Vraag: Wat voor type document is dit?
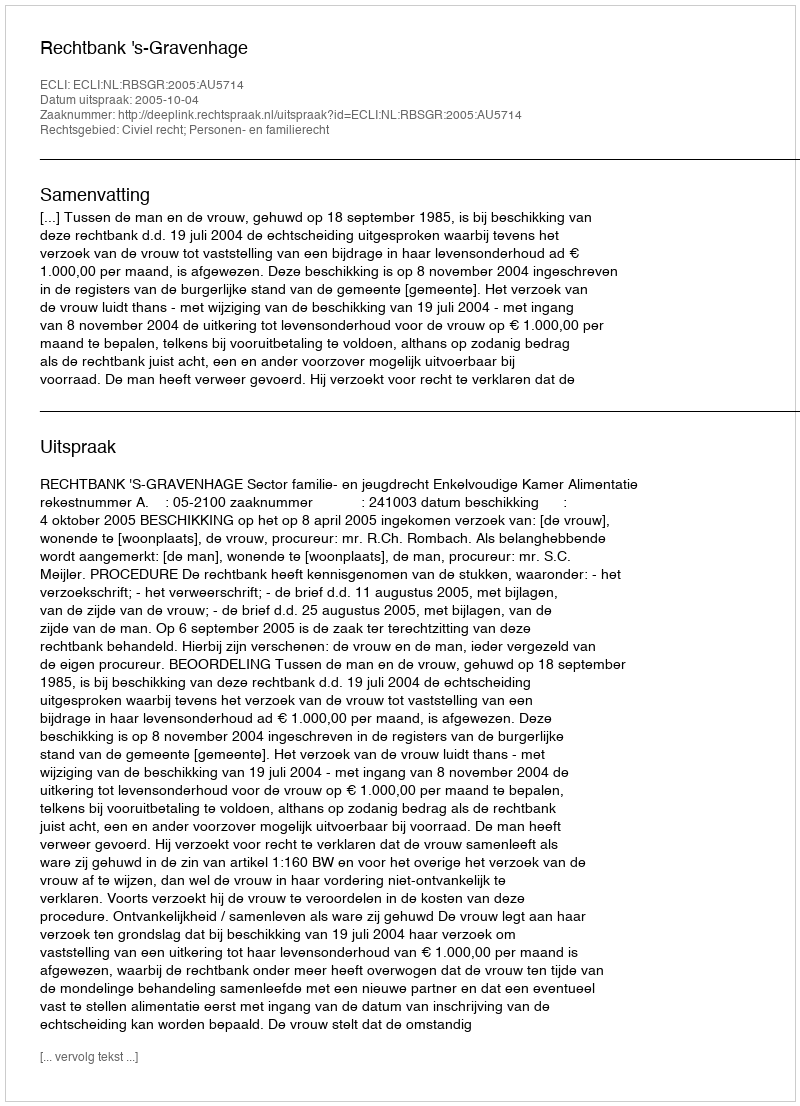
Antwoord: Uitspraak